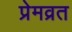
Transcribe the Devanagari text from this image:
प्रेमव्रत